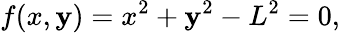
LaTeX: f(x,\mathbf{y})=x^{2}+\mathbf{y}^{2}-L^{2}=0,